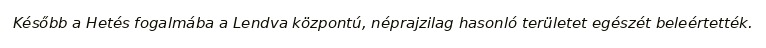
Később a Hetés fogalmába a Lendva központú, néprajzilag hasonló területet egészét beleértették.